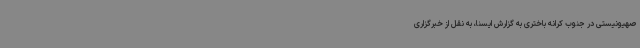
صهیونیستی در جنوب کرانه باختری به گزارش ایسنا، به نقل از خبرگزاری